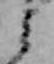
ミ